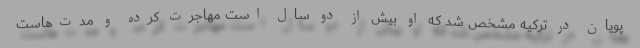
‌پویان در ترکیه مشخص شد که او بیش از دو سال است مهاجرت کرده و مدت‌هاست